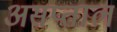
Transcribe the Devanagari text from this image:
असप्ताल